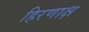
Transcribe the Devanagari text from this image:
हिरणाक्ष